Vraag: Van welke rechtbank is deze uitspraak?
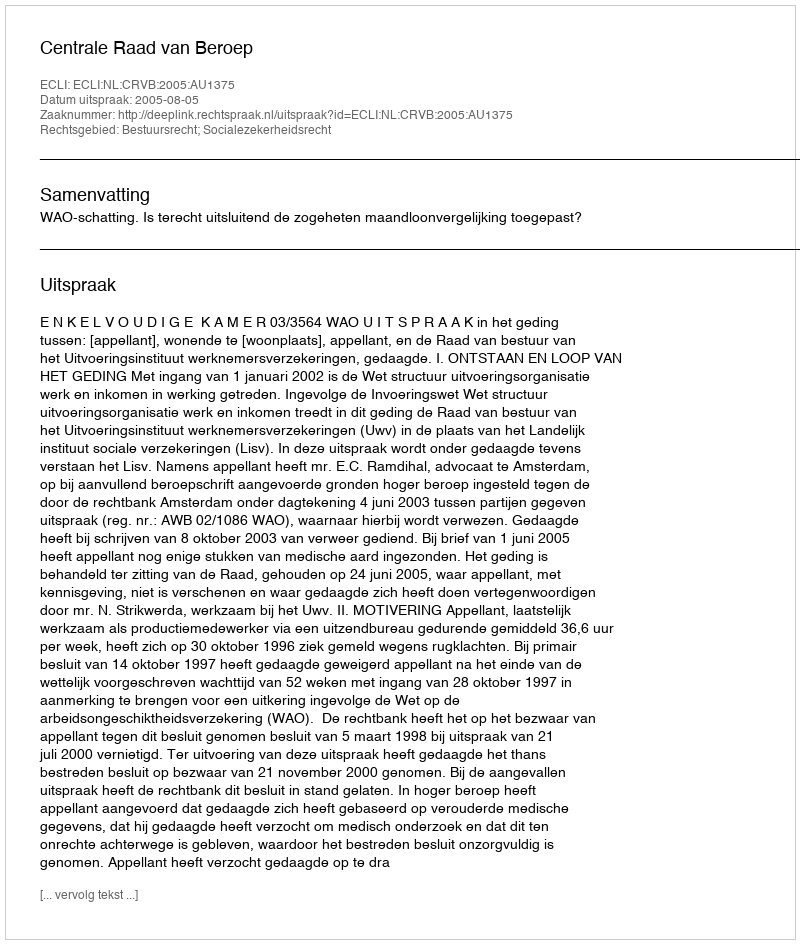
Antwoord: Centrale Raad van Beroep